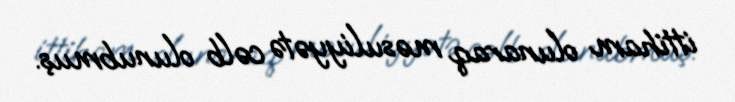
ittiham olunaraq məsuliyyətə cəlb olunubmuş.